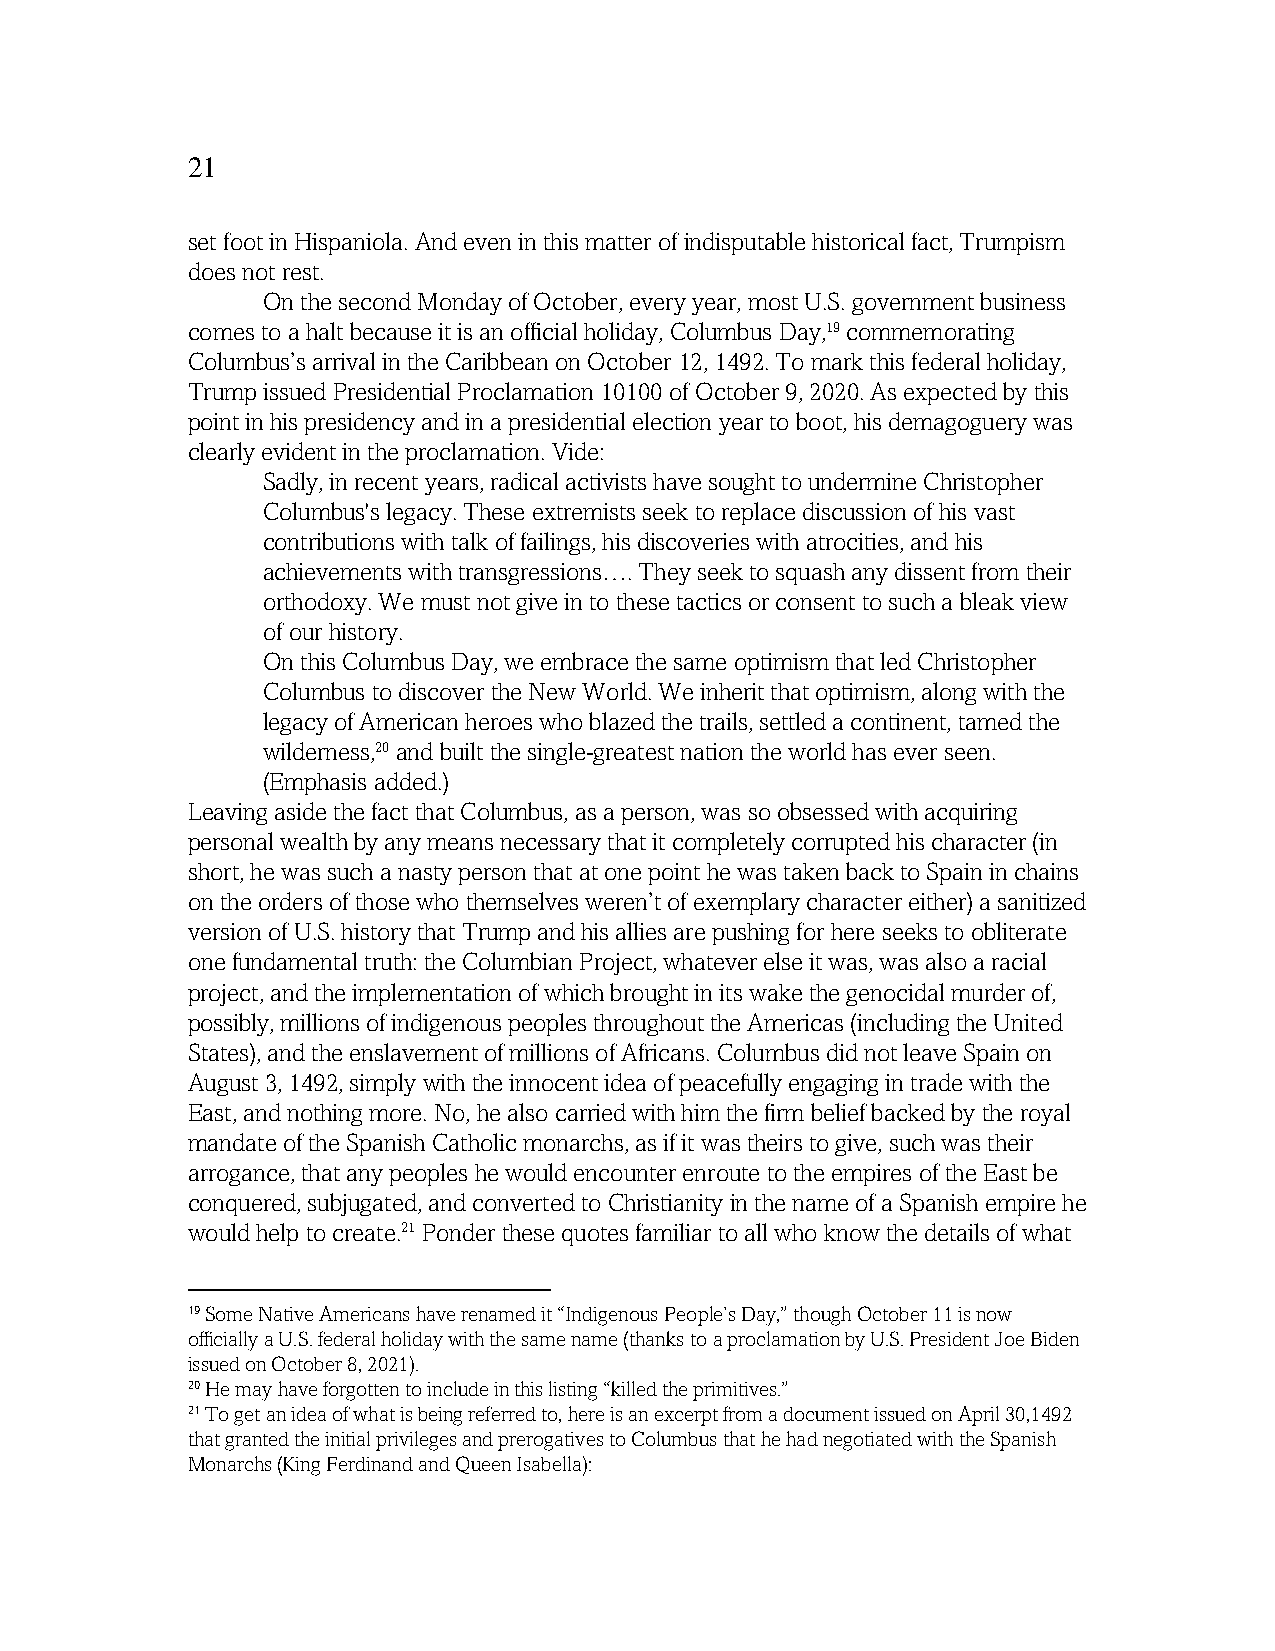
21
 set foot in Hispaniola. And even in this matter of indisputable historical fact, Trumpism
 does not rest.
 On the second Monday of October, every year, most U.S. government business
 comes to a halt because it is an official holiday, Columbus Day,19 commemorating
 Columbus’s arrival in the Caribbean on October 12, 1492. To mark this federal holiday,
 Trump issued Presidential Proclamation 10100 of October 9, 2020. As expected by this
 point in his presidency and in a presidential election year to boot, his demagoguery was
 clearly evident in the proclamation. Vide:
 Sadly, in recent years, radical activists have sought to undermine Christopher
 Columbus's legacy. These extremists seek to replace discussion of his vast
 contributions with talk of failings, his discoveries with atrocities, and his
 achievements with transgressions…. They seek to squash any dissent from their
 orthodoxy. We must not give in to these tactics or consent to such a bleak view
 of our history.
 On this Columbus Day, we embrace the same optimism that led Christopher
 Columbus to discover the New World. We inherit that optimism, along with the
 legacy of American heroes who blazed the trails, settled a continent, tamed the
 wilderness,20 and built the single-greatest nation the world has ever seen.
 (Emphasis added.)
 Leaving aside the fact that Columbus, as a person, was so obsessed with acquiring
 personal wealth by any means necessary that it completely corrupted his character (in
 short, he was such a nasty person that at one point he was taken back to Spain in chains
 on the orders of those who themselves weren’t of exemplary character either) a sanitized
 version of U.S. history that Trump and his allies are pushing for here seeks to obliterate
 one fundamental truth: the Columbian Project, whatever else it was, was also a racial
 project, and the implementation of which brought in its wake the genocidal murder of,
 possibly, millions of indigenous peoples throughout the Americas (including the United
 States), and the enslavement of millions of Africans. Columbus did not leave Spain on
 August 3, 1492, simply with the innocent idea of peacefully engaging in trade with the
 East, and nothing more. No, he also carried with him the firm belief backed by the royal
 mandate of the Spanish Catholic monarchs, as if it was theirs to give, such was their
 arrogance, that any peoples he would encounter enroute to the empires of the East be
 conquered, subjugated, and converted to Christianity in the name of a Spanish empire he
 would help to create.21 Ponder these quotes familiar to all who know the details of what
 _____________________
 19 Some Native Americans have renamed it “Indigenous People’s Day,” though October 11 is now
 officially a U.S. federal holiday with the same name (thanks to a proclamation by U.S. President Joe Biden
 issued on October 8, 2021).
 20 He may have forgotten to include in this listing “killed the primitives.”
 21 To get an idea of what is being referred to, here is an excerpt from a document issued on April 30,1492
 that granted the initial privileges and prerogatives to Columbus that he had negotiated with the Spanish
 Monarchs (King Ferdinand and Queen Isabella):